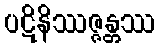
ပဋိနိဿဇ္ဇန္တဿ